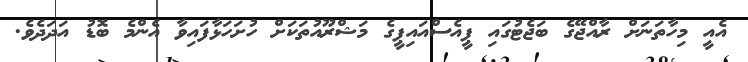
އެއީ މިހާތަނަށް ރާއްޖޭގެ ބަޖެޓުގައި ޕީއެސްއައިޕީގެ މަޝްރޫއުތަކަށް ހުށަހަޅާފައިވާ އެންމެ ބޮޑު އަދަދެވެ.